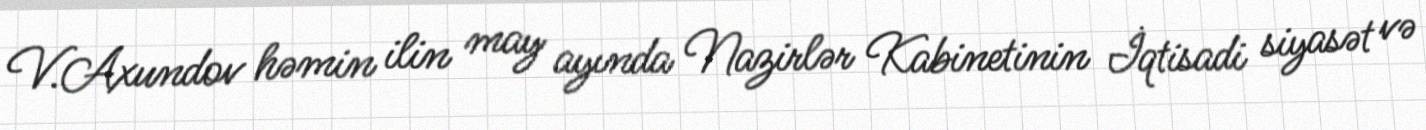
V.Axundov həmin ilin may ayında Nazirlər Kabinetinin İqtisadi siyasət və